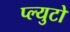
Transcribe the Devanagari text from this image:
प्ल्युटो